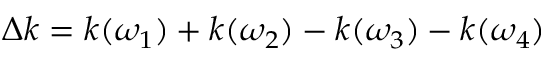
\Delta k = k ( \omega _ { 1 } ) + k ( \omega _ { 2 } ) - k ( \omega _ { 3 } ) - k ( \omega _ { 4 } )